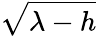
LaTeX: \sqrt{\lambda-h}